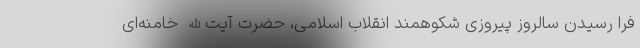
فرا رسیدن سالروز پیروزی شکوهمند انقلاب اسلامی، حضرت آیت‌الله خامنه‌ای